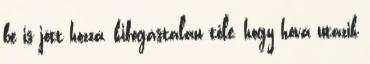
be is jött hozzá, kifogástalan tőle, hogy hová utazik